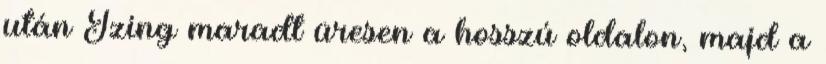
után Izing maradt üresen a hosszú oldalon, majd a